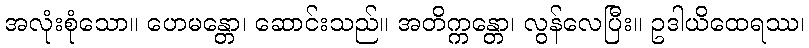
အလုံးစုံသော။ ဟေမန္တော၊ ဆောင်းသည်။ အတိက္ကန္တော၊ လွန်လေပြီး။ ဥဒါယိထေရဿ၊